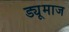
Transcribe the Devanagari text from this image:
ड्यूमाज